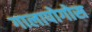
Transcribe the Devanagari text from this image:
गालापोगोस